Annual report on the Civil Veterinary Department, Burma (including the Insein Veterinary School) - 1923-1931
Year: 1923
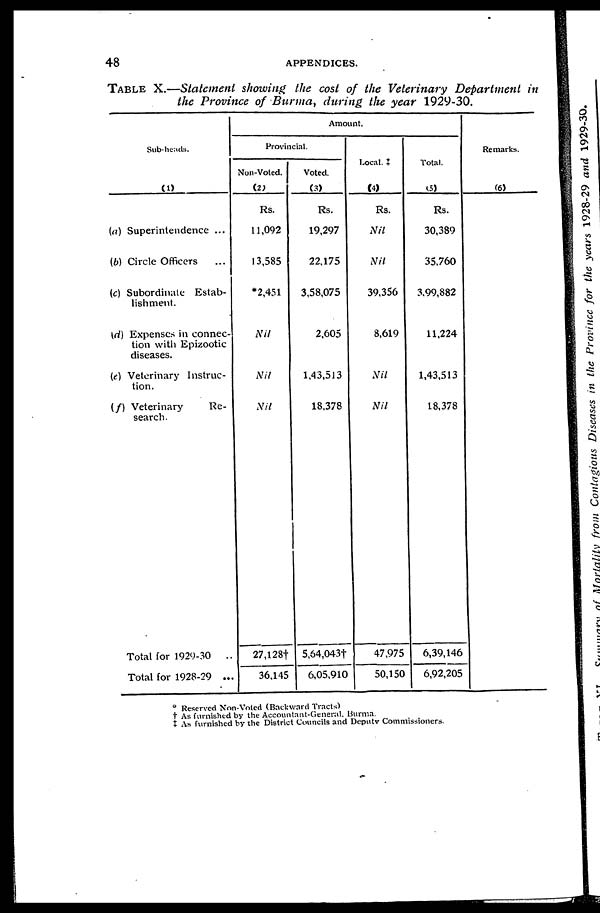
48
APPENDICES.
TABLE X.—Statement showing the cost of the Veterinary Department in
the Province of Burma, during the year 1929-30.
Subheads.
(1)
(a) Superintendence ...
(b) Circle Officers ...
(c) Subordinate Estab
lishment.
(d) Expenses in connec
tion with Epizootic
diseases.
(e) Veterinary Instruc
tion.
(f) Veterinary
Re
search.
Total for 1929-30 ...
Total for 1928-29 ...
Amount.
Provincial.
Non-Voted.
(2)
Rs.
11,092
13,585
*2,451
Nil
Nil
Nil
27,128†
36,145
Voted.
(3)
Rs.
19,297
22,175
3,58,075
2,605
1,43,513
18,378
5,64,043†
6,05,910
Local. ‡
(4)
Rs.
Nil
Nil
39,356
8,619
Nil
Nil
47,975
50,150
Total.
(5)
Rs.
30,389
35,760
3.99,882
11,224
1,43,513
18,378
6,39,146
6,92,205
Remarks.
(6)
○ Reserved Non-Voted (Backward Tracts)
† As furnished by the Accountant-General, Burma.
‡ As furnished by the District Councils and Deputy Commissioners.